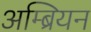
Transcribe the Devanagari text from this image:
अम्ब्रियन